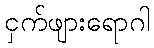
ငှက်ဖျားရောဂါ